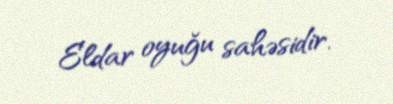
Eldar oyuğu sahəsidir.